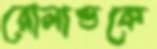
রোলান্ডকে